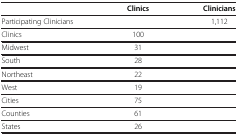
<table><thead><tr><td><b> </b></td><td><b>Clinics</b></td><td><b>Clinicians</b></td></tr></thead><tbody><tr><td>Participating Clinicians</td><td> </td><td>1,112</td></tr><tr><td>Clinics</td><td>100</td><td> </td></tr><tr><td>Midwest</td><td>31</td><td> </td></tr><tr><td>South</td><td>28</td><td> </td></tr><tr><td>Northeast</td><td>22</td><td> </td></tr><tr><td>West</td><td>19</td><td> </td></tr><tr><td>Cities</td><td>75</td><td> </td></tr><tr><td>Counties</td><td>61</td><td> </td></tr><tr><td>States</td><td>26</td><td> </td></tr></tbody></table>